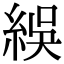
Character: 𬗙